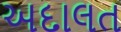
અદાલત